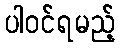
ပါဝင်ရမည့်